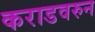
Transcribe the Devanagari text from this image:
कराडवरुन